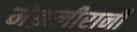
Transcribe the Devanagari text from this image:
मंझलीरानी